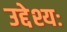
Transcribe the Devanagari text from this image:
उद्देश्यः